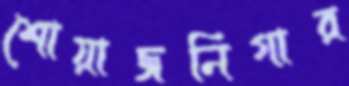
শোয়াজনিগার